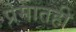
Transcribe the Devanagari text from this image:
प्रेमातही